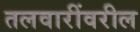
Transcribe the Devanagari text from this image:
तलवारींवरील